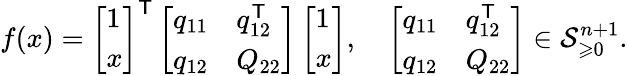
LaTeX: \begin{array}{r}{f(x)=\left[\begin{array}{l}{1}\\ {x}\end{array}\right]^{\mathsf{T}}\left[\begin{array}{ll}{q_{11}}&{q_{12}^{\mathsf{T}}}\\ {q_{12}}&{Q_{22}}\end{array}\right]\left[\begin{array}{l}{1}\\ {x}\end{array}\right],\quad\left[\begin{array}{ll}{q_{11}}&{q_{12}^{\mathsf{T}}}\\ {q_{12}}&{Q_{22}}\end{array}\right]\in\mathcal{S}_{\geqslant 0}^{n+1}.}\end{array}